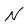
Character: N